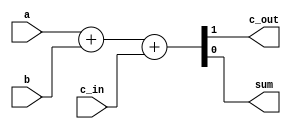
module fa_v1(output wire c_out, sum, input wire a, b, c_in);

assign {c_out, sum} = a + b + c_in;

endmodule